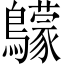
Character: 䴌